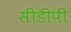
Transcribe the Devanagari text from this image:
सीडीपी